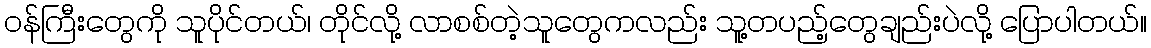
၀န်ကြီးတွေကို သူပိုင်တယ်၊ တိုင်လို့ လာစစ်တဲ့သူတွေကလည်း သူ့တပည့်တွေချည်းပဲလို့ ပြောပါတယ်။